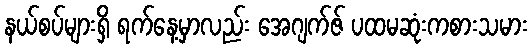
နယ်စပ်များရှိ ရက်နေ့မှာလည်း အေဂျက်ဇ် ပထမဆုံးကစားသမား